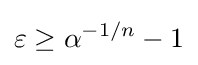
\varepsilon \geq \alpha ^{-1/n}-1